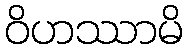
ဝိဟဿာမိ